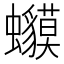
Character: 𧕥